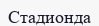
Стадионда